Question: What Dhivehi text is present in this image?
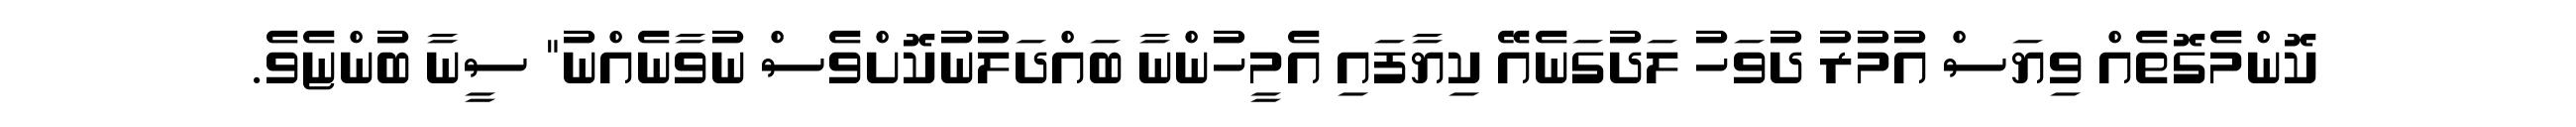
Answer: ކޮންމެގޮތެއް ވިޔަސް އުމުރު ދުވަހު ލަދުގަނެއޭ ކިޔާފައި އެމީހުންނާ ބައްދަލުނުކޮށްވެސް ނުވާނެއްނު" ސީނާ ބުންޏެވެ.